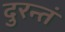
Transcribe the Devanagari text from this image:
दुरन्तं